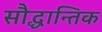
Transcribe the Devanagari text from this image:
सौद्धान्तिक